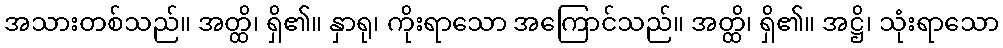
အသားတစ်သည်။ အတ္ထိ၊ ရှိ၏။ နှာရု၊ ကိုးရာသော အကြောင်သည်။ အတ္ထိ၊ ရှိ၏။ အဋ္ဌိ၊ သုံးရာသော